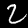
Label: 2